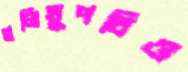
গলিঘুপচিও